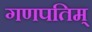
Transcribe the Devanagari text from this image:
गणपतिम्‌